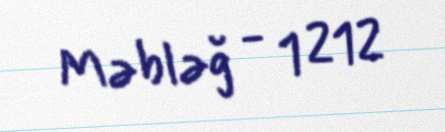
Məbləğ - 1 212